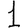
Digit: 1